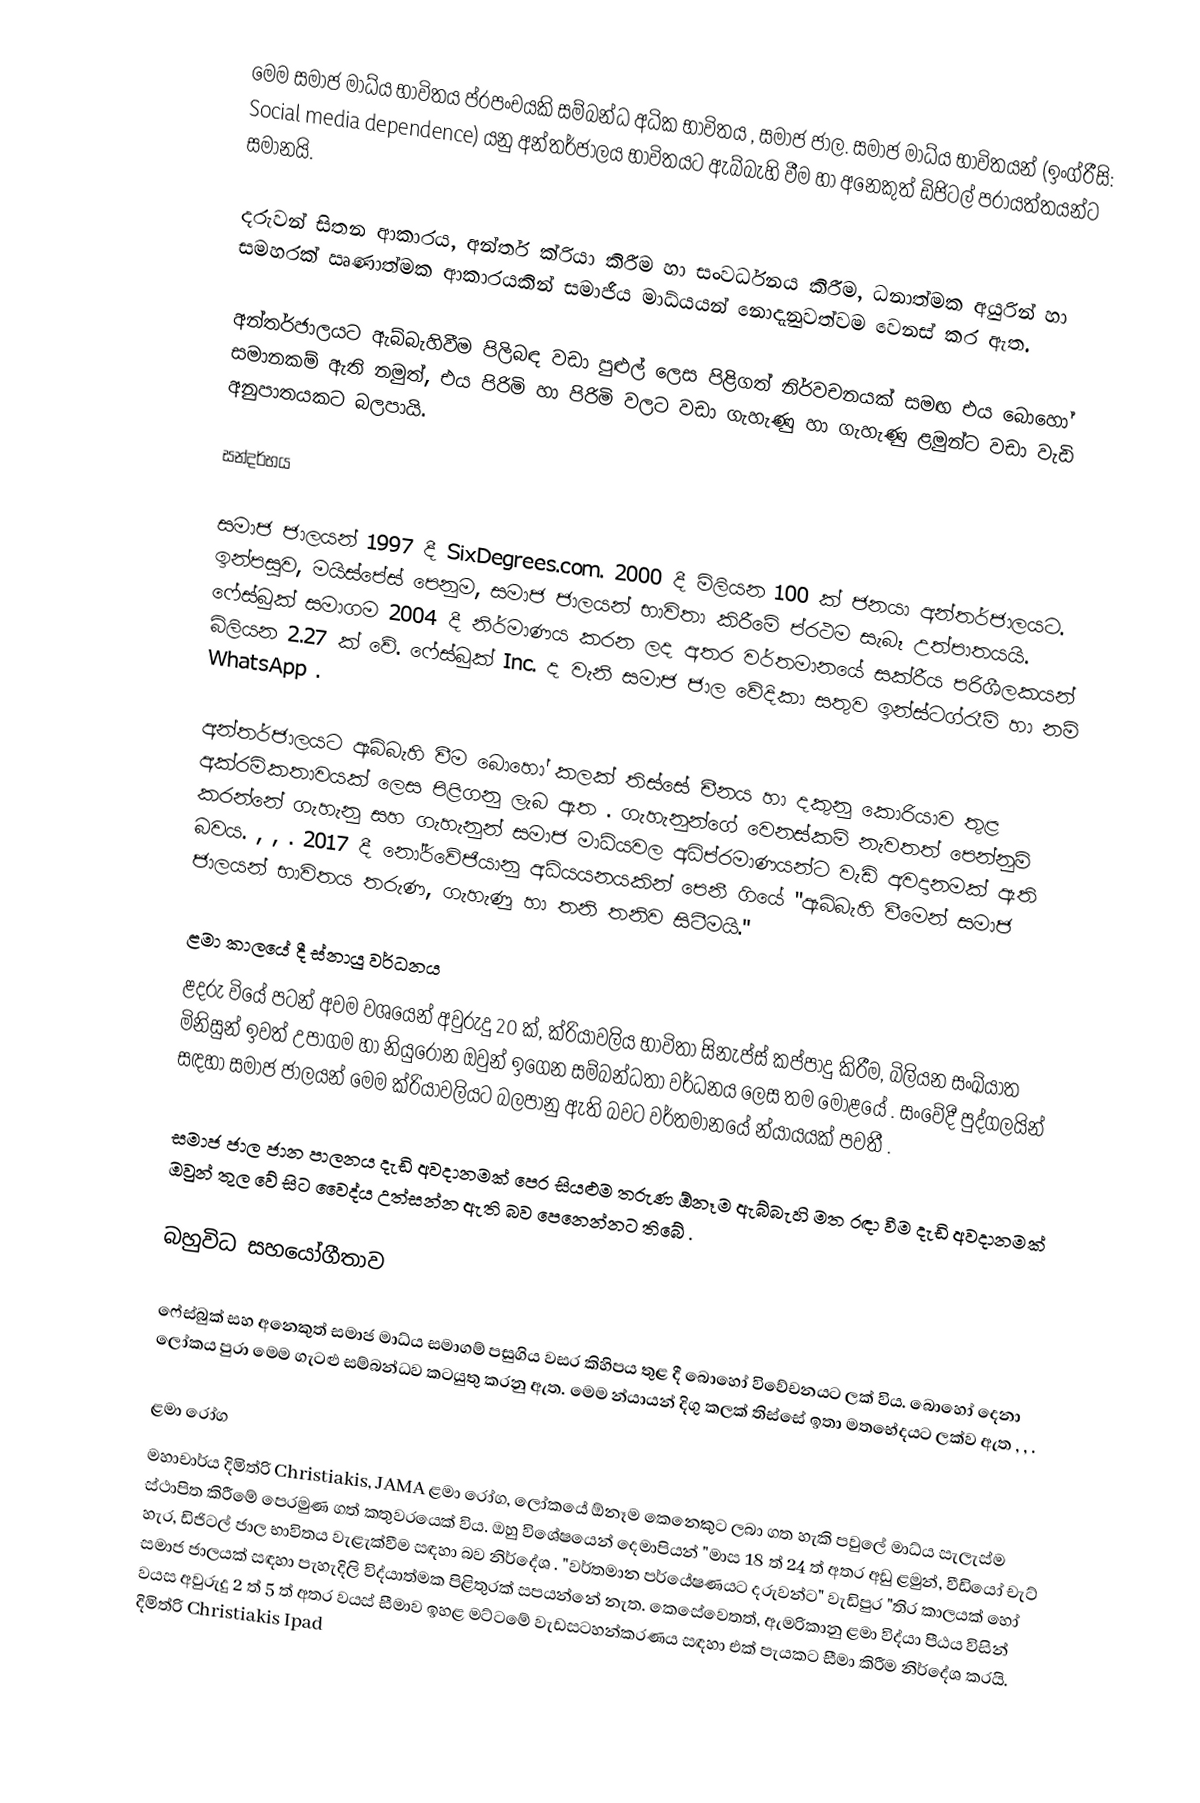
මෙම සමාජ මාධ්ය භාවිතය ප්රපංචයකි සම්බන්ධ අධික භාවිතය , සමාජ ජාල. සමාජ මාධ්ය භාවිතයන් (ඉංග්රීසි: Social media dependence) යනු අන්තර්ජාලය භාවිතයට ඇබ්බැහි වීම හා අනෙකුත් ඩිජිටල් පරායත්තයන්ට සමානයි.

දරුවන් සිතන ආකාරය, අන්තර් ක්රියා කිරීම හා සංවර්ධනය කිරීම, ධනාත්මක අයුරින් හා සමහරක් ඍණාත්මක ආකාරයකින් සමාජීය මාධ්යයන් නොදැනුවත්වම වෙනස් කර ඇත.  

අන්තර්ජාලයට ඇබ්බැහිවීම පිලිබඳ වඩා පුළුල් ලෙස පිළිගත් නිර්වචනයක් සමඟ එය බොහෝ සමානකම් ඇති නමුත්, එය පිරිමි හා පිරිමි වලට වඩා ගැහැණු හා ගැහැණු ළමුන්ට වඩා වැඩි අනුපාතයකට බලපායි.

සන්දර්භය

සමාජ ජාලයන් 1997 දී SixDegrees.com. 2000 දී මිලියන 100 ක් ජනයා අන්තර්ජාලයට.  ඉන්පසුව, මයිස්පේස් පෙනුම, සමාජ ජාලයන් භාවිතා කිරීමේ ප්රථම සැබෑ උත්පාතයයි.  ෆේස්බුක් සමාගම 2004 දී නිර්මාණය කරන ලද අතර වර්තමානයේ සක්රීය පරිශීලකයන් බිලියන 2.27 ක්  වේ.  ෆේස්බුක් Inc. ද වැනි සමාජ ජාල වේදිකා සතුව ඉන්ස්ටග්රෑම් හා නම් WhatsApp  .

අන්තර්ජාලයට ඇබ්බැහි වීම බොහෝ කලක් තිස්සේ චීනය හා දකුනු කොරියාව තුළ අක්රමිකතාවයක් ලෙස පිළිගනු ලැබ ඇත  .  ගැහැනුන්ගේ වෙනස්කම් නැවතත් පෙන්නුම් කරන්නේ ගැහැනු සහ ගැහැනුන් සමාජ මාධ්යවල අධිප්රමාණයන්ට වැඩි අවදානමක් ඇති බවය.  ,  ,  .  2017 දී නෝර්වේජියානු අධ්යයනයකින් පෙනී ගියේ "ඇබ්බැහි වීමෙන් සමාජ ජාලයන් භාවිතය තරුණ, ගැහැණු හා තනි තනිව සිටීමයි."

ළමා කාලයේ දී ස්නායු වර්ධනය
ළදරු වියේ පටන් අවම වශයෙන් අවුරුදු 20 ක්, ක්රියාවලිය භාවිතා සිනැප්ස් කප්පාදු කිරීම, බිලියන සංඛ්යාත මිනිසුන් ඉවත් උපාගම හා නියුරෝන ඔවුන් ඉගෙන සම්බන්ධතා වර්ධනය ලෙස තම මොළයේ  . සංවේදී පුද්ගලයින් සඳහා සමාජ ජාලයන් මෙම ක්රියාවලියට බලපානු ඇති බවට වර්තමානයේ න්යායයක් පවතී  .

සමාජ ජාල ජාන පාලනය දැඩි අවදානමක් පෙර සියළුම තරුණ ඕනෑම ඇබ්බැහි මත රඳා වීම දැඩි අවදානමක් ඔවුන් තුල වේ සිට වෛද්ය උත්සන්න ඇති බව පෙනෙන්නට තිබේ  .

බහුවිධ සහයෝගීතාව

ෆේස්බුක් සහ අනෙකුත් සමාජ මාධ්ය සමාගම් පසුගිය වසර කිහිපය තුළ දී බොහෝ විවේචනයට ලක් විය.   බොහෝ දෙනා ලෝකය පුරා මෙම ගැටළු සම්බන්ධව කටයුතු කරනු ඇත.  මෙම න්යායන් දිගු කලක් තිස්සේ ඉතා මතභේදයට ලක්ව ඇත  ,  ,  .

ළමා රෝග
මහාචාර්ය දිමිත්රි Christiakis, JAMA ළමා රෝග, ලෝකයේ ඕනෑම කෙනෙකුට ලබා ගත හැකි පවුලේ මාධ්ය සැලැස්ම ස්ථාපිත කිරීමේ පෙරමුණ ගත් කතුවරයෙක් විය.  ඔහු විශේෂයෙන් දෙමාපියන් "මාස 18 ත් 24 ත් අතර අඩු ළමුන්, වීඩියෝ චැට් හැර, ඩිජිටල් ජාල භාවිතය වැළැක්වීම සඳහා බව නිර්දේශ  .  "වර්තමාන පර්යේෂණයට දරුවන්ට" වැඩිපුර "තිර කාලයක් හෝ සමාජ ජාලයක් සඳහා පැහැදිලි විද්යාත්මක පිළිතුරක් සපයන්නේ නැත.  කෙසේවෙතත්, ඇමරිකානු ළමා විද්යා පීඨය විසින් වයස අවුරුදු 2 ත් 5 ත් අතර වයස් සීමාව ඉහළ මට්ටමේ වැඩසටහන්කරණය සඳහා එක් පැයකට සීමා කිරීම නිර්දේශ කරයි.  දිමිත්රි Christiakis Ipad